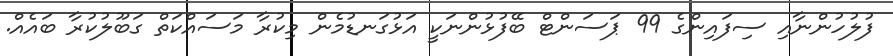
ފުލުހުންނާއި ސިފައިންގެ 99 ޕަސަންޓް ބޭފުޅުންނަކީ އަޅުގަނޑުމެން މިކުރާ މަސައްކަތް ގަބޫލުކުރާ ބައެެއް.